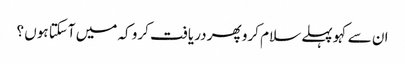
ان سے کہو پہلے سلام کرو پھر دریافت کرو کہ میں آسکتا ہوں ؟